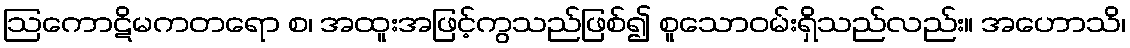
ဩကောဋိမကတရော စ၊ အထူးအဖြင့်ကွသည်ဖြစ်၍ စူသောဝမ်းရှိသည်လည်း။ အဟောသိ၊